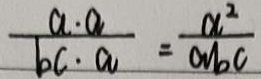
\frac { a \cdot a } { b c \cdot a } = \frac { a ^ { 2 } } { a b c }